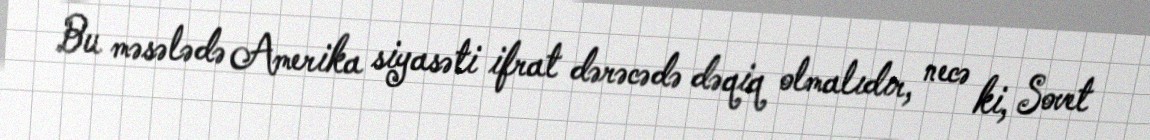
Bu məsələdə Amerika siyasəti ifrat dərəcədə dəqiq olmalıdır, necə ki, Sovet